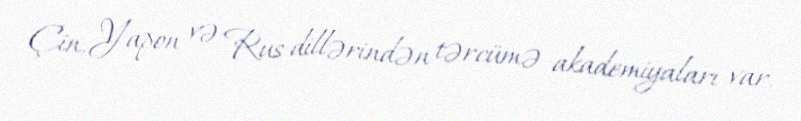
Çin, Yapon və Rus dillərindən tərcümə akademiyaları var.